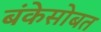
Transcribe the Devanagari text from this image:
बंकेसोबत